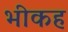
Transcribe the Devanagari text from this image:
भीकह